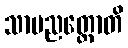
သာမညတ္ထောတိ